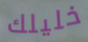
خليلك